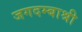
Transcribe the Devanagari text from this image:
जगदम्बाश्री